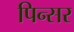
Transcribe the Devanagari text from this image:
पिन्सर